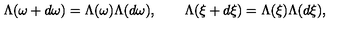
\Lambda ( \omega + d \omega ) = \Lambda ( \omega ) \Lambda ( d \omega ) , \qquad \Lambda ( \xi + d \xi ) = \Lambda ( \xi ) \Lambda ( d \xi ) ,